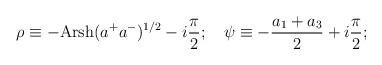
LaTeX: \begin{align*}\rho \equiv -\mbox{Ar}\mbox{sh}(a^+a^-)^{1/2}-i\frac{\pi}{2}; \quad\psi\equiv -\frac{a_1+a_3}{2}+i\frac{\pi}{2};\end{align*}